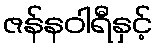
ဇန်နဝါရီနှင့်